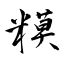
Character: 糢